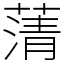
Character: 蔳